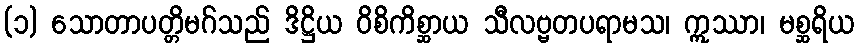
(၁) သောတာပတ္တိမဂ်သည် ဒိဋ္ဌိယ ဝိစိကိစ္ဆာယ သီလဗ္ဗတပရာမသ၊ ဣဿာ၊ မစ္ဆရိယ